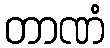
တာဏံ